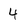
Character: 4